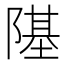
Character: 𨼂